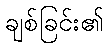
ချစ်ခြင်း၏